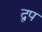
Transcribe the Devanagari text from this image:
द्वप